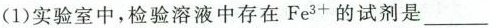
(1)实验室中，检验溶液中存在Fe^{3+}的试剂是___